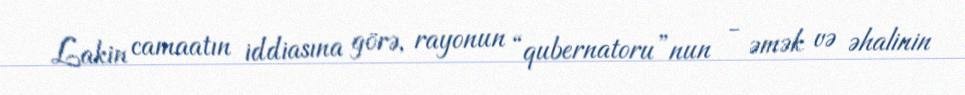
Lakin camaatın iddiasına görə, rayonun “qubernatoru”nun - əmək və əhalinin